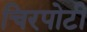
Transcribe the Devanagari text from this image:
चिरपोटी